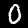
Label: 0